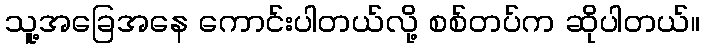
သူ့အခြေအနေ ကောင်းပါတယ်လို့ စစ်တပ်က ဆိုပါတယ်။